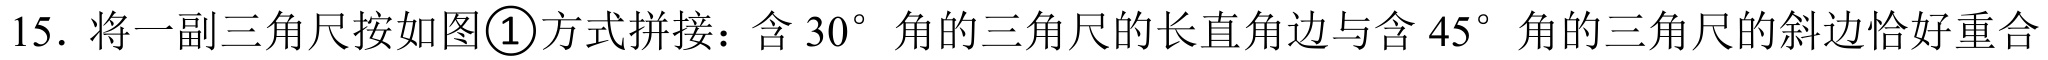
\(15.\) 将一副三角尺按如图\textcircled{1}方式拼接：含\(30^{\circ}\)角的三角尺的长直角边与含\(45^{\circ}\)角的三角尺的斜边恰好重合